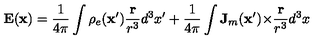
\mathbf { E } ( \mathbf { x } ) = \frac { 1 } { 4 \pi } \int \rho _ { e } ( \mathbf { x } ^ { \prime } ) \frac { \mathbf { r } } { r ^ { 3 } } d ^ { 3 } x ^ { \prime } + \frac { 1 } { 4 \pi } \int \mathbf { J } _ { m } ( \mathbf { x } ^ { \prime } ) { \bf \times } \frac { \mathbf { r } } { r ^ { 3 } } d ^ { 3 } x